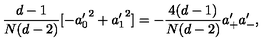
{ \frac { d - 1 } { N ( d - 2 ) } } [ - { a _ { 0 } ^ { \prime } } ^ { 2 } + { a _ { 1 } ^ { \prime } } ^ { 2 } ] = - \frac { 4 ( d - 1 ) } { N ( d - 2 ) } { a } _ { + } ^ { \prime } { a } _ { - } ^ { \prime } ,